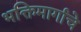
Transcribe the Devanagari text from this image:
भक्तिमार्गाचे